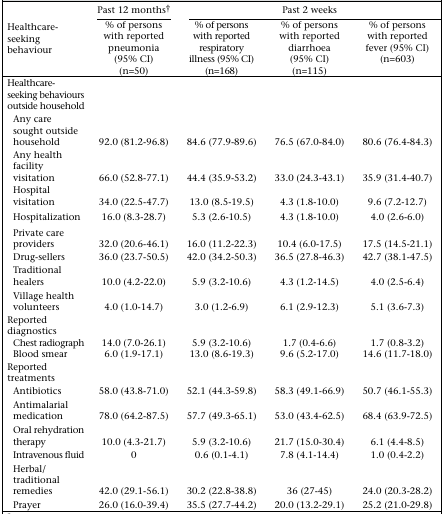
<table><thead><tr><td rowspan="2"><b>Healthcare-seeking behaviour</b></td><td><b>Past 12 months†</b></td><td colspan="3"><b>Past 2 weeks</b></td></tr><tr><td><b>% of persons with reported pneumonia (95% CI) (n=50)</b></td><td><b>% of persons with reported respiratory illness (95% CI) (n=168)</b></td><td><b>% of persons with reported diarrhoea (95% CI) (n=115)</b></td><td><b>% of persons with reported fever (95% CI) (n=603)</b></td></tr></thead><tbody><tr><td>Healthcare-seeking behaviours outside household</td><td></td><td></td><td></td><td></td></tr><tr><td>Any care sought outside household</td><td>92.0 (81.2-96.8)</td><td>84.6 (77.9-89.6)</td><td>76.5 (67.0-84.0)</td><td>80.6 (76.4-84.3)</td></tr><tr><td>Any health facility visitation</td><td>66.0 (52.8-77.1)</td><td>44.4 (35.9-53.2)</td><td>33.0 (24.3-43.1)</td><td>35.9 (31.4-40.7)</td></tr><tr><td>Hospital visitation</td><td>34.0 (22.5-47.7)</td><td>13.0 (8.5-19.5)</td><td>4.3 (1.8-10.0)</td><td>9.6 (7.2-12.7)</td></tr><tr><td>Hospitalization</td><td>16.0 (8.3-28.7)</td><td>5.3 (2.6-10.5)</td><td>4.3 (1.8-10.0)</td><td>4.0 (2.6-6.0)</td></tr><tr><td>Private care providers</td><td>32.0 (20.6-46.1)</td><td>16.0 (11.2-22.3)</td><td>10.4 (6.0-17.5)</td><td>17.5 (14.5-21.1)</td></tr><tr><td>Drug-sellers</td><td>36.0 (23.7-50.5)</td><td>42.0 (34.2-50.3)</td><td>36.5 (27.8-46.3)</td><td>42.7 (38.1-47.5)</td></tr><tr><td>Traditional healers</td><td>10.0 (4.2-22.0)</td><td>5.9 (3.2-10.6)</td><td>4.3 (1.2-14.5)</td><td>4.0 (2.5-6.4)</td></tr><tr><td>Village health volunteers</td><td>4.0 (1.0-14.7)</td><td>3.0 (1.2-6.9)</td><td>6.1 (2.9-12.3)</td><td>5.1 (3.6-7.3)</td></tr><tr><td>Reported diagnostics</td><td></td><td></td><td></td><td></td></tr><tr><td>Chest radiograph</td><td>14.0 (7.0-26.1)</td><td>5.9 (3.2-10.6)</td><td>1.7 (0.4-6.6)</td><td>1.7 (0.8-3.2)</td></tr><tr><td>Blood smear</td><td>6.0 (1.9-17.1)</td><td>13.0 (8.6-19.3)</td><td>9.6 (5.2-17.0)</td><td>14.6 (11.7-18.0)</td></tr><tr><td>Reported treatments</td><td></td><td></td><td></td><td></td></tr><tr><td>Antibiotics</td><td>58.0 (43.8-71.0)</td><td>52.1 (44.3-59.8)</td><td>58.3 (49.1-66.9)</td><td>50.7 (46.1-55.3)</td></tr><tr><td>Antimalarial medication</td><td>78.0 (64.2-87.5)</td><td>57.7 (49.3-65.1)</td><td>53.0 (43.4-62.5)</td><td>68.4 (63.9-72.5)</td></tr><tr><td>Oral rehydration therapy</td><td>10.0 (4.3-21.7)</td><td>5.9 (3.2-10.6)</td><td>21.7 (15.0-30.4)</td><td>6.1 (4.4-8.5)</td></tr><tr><td>Intravenous fluid</td><td>0</td><td>0.6 (0.1-4.1)</td><td>7.8 (4.1-14.4)</td><td>1.0 (0.4-2.2)</td></tr><tr><td>Herbal/traditional</td><td></td><td></td><td></td><td></td></tr><tr><td>remedies</td><td>42.0 (29.1-56.1)</td><td>30.2 (22.8-38.8)</td><td>36 (27-45)</td><td>24.0 (20.3-28.2)</td></tr><tr><td>Prayer</td><td>26.0 (16.0-39.4)</td><td>35.5 (27.7-44.2)</td><td>20.0 (13.2-29.1)</td><td>25.2 (21.0-29.8)</td></tr></tbody></table>